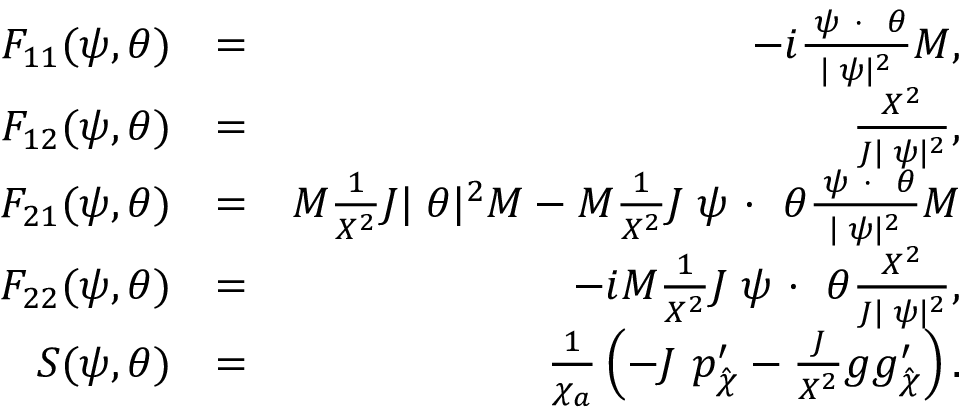
\begin{array} { r l r } { F _ { 1 1 } ( \psi , \theta ) } & { = } & { - i \frac { { \bf \nabla } \psi ~ { \bf \cdot } ~ { \bf \nabla } \theta } { | { \bf \nabla } \psi | ^ { 2 } } { \cal M } , } \\ { F _ { 1 2 } ( \psi , \theta ) } & { = } & { \frac { X ^ { 2 } } { { \cal J } | { \bf \nabla } \psi | ^ { 2 } } , } \\ { F _ { 2 1 } ( \psi , \theta ) } & { = } & { { \cal M } \frac 1 { X ^ { 2 } } { \cal J } | { \bf \nabla } \theta | ^ { 2 } { \cal M } - { \cal M } \frac 1 { X ^ { 2 } } { \cal J } { \bf \nabla } \psi ~ { \bf \cdot } ~ { \bf \nabla } \theta \frac { { \bf \nabla } \psi ~ { \bf \cdot } ~ { \bf \nabla } \theta } { | { \bf \nabla } \psi | ^ { 2 } } { \cal M } } \\ { F _ { 2 2 } ( \psi , \theta ) } & { = } & { - i { \cal M } \frac 1 { X ^ { 2 } } { \cal J } { \bf \nabla } \psi ~ { \bf \cdot } ~ { \bf \nabla } \theta \frac { X ^ { 2 } } { { \cal J } | { \bf \nabla } \psi | ^ { 2 } } , } \\ { S ( \psi , \theta ) } & { = } & { \frac { 1 } { \chi _ { a } } \left( - { \cal J } ~ { p } _ { \hat { \chi } } ^ { \prime } - \frac { \cal J } { X ^ { 2 } } g { g } _ { \hat { \chi } } ^ { \prime } \right) . } \end{array}